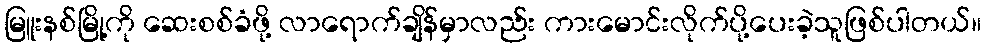
မြူးနစ်မြို့ကို ဆေးစစ်ခံဖို့ လာရောက်ချိန်မှာလည်း ကားမောင်းလိုက်ပို့ပေးခဲ့သူဖြစ်ပါတယ်။